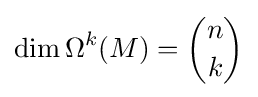
\dim \Omega ^{k}(M)={\binom {n}{k}}